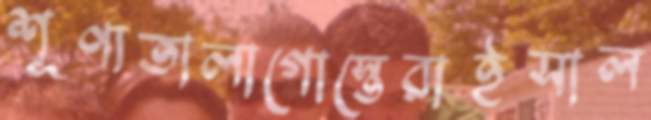
শূণ্যতালাগোস্তেরাইসাল